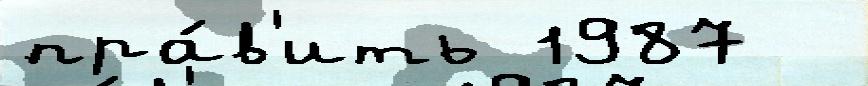
пра́в'ить 1987